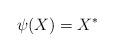
LaTeX: \begin{align*} \psi(X) = X^* \end{align*}